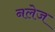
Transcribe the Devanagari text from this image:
नलेज